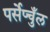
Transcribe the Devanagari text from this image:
पर्सेप्चुँल